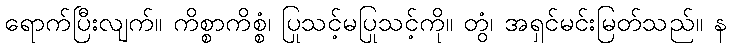
ရောက်ပြီးလျက်။ ကိစ္စာကိစ္စံ၊ ပြုသင့်မပြုသင့်ကို။ တွံ၊ အရှင်မင်းမြတ်သည်။ န